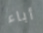
أباء